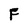
Character: F